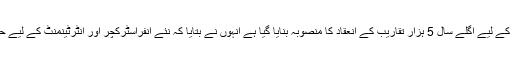
انہوں نے کہا کہ 2020 تک آپ ایک حقیقی تبدیلی دیکھیں گے جس کے لیے اگلے سال 5 ہزار تقاریب کے انعقاد کا منصوبہ بنایا گیا ہے انہوں نے بتایا کہ نئے انفراسٹرکچر اور انٹرٹینمنٹ کے لیے حکومت اور پرائیوٹ سیکٹر کی جانب سے فنڈز مہیا کیے جائیں گے۔